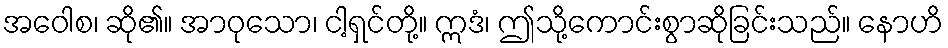
အဝေါစ၊ ဆို၏။ အာဝုသော၊ ငါ့ရှင်တို့။ ဣဒံ၊ ဤသို့ကောင်းစွာဆိုခြင်းသည်။ နောဟိ